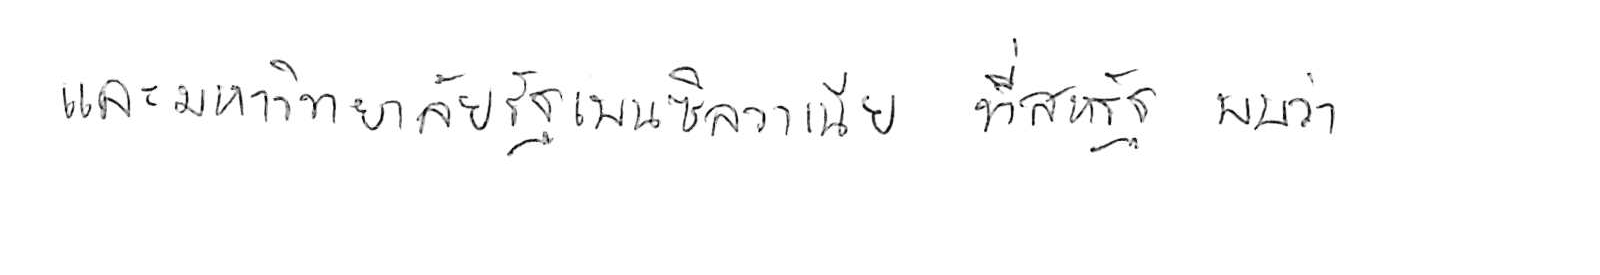
และมหาวิทยาลัยรัฐเพนซิลวาเนีย ที่สหรัฐ พบว่า